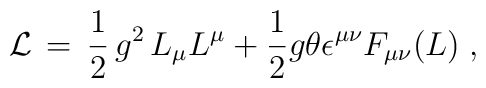
{\cal L} \,=\, \frac{1}{2} \, g^2 \, L_{\mu} L^{\mu} + \frac{1}{2}g \theta \epsilon^{\mu \nu} F_{\mu \nu} (L) \;,